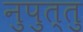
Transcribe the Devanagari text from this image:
नुपुत्तु